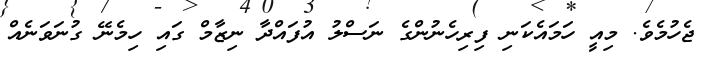
ޖެހުމެވެ. މިއީ ހަމައެކަނި ފިރިހެނުންގެ ނަސްލު އުފައްދާ ނިޒާމް ގައި ހިމެނޭ ގުނަވަނެއް